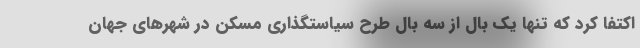
اکتفا کرد که تنها یک بال از سه بال طرح سیاستگذاری مسکن در شهرهای جهان